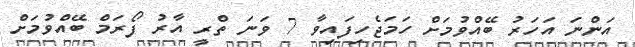
އަންނަ އަހަރު ބޭއްވުމަށް ހަމަޖެހިފައިވާ 7 ވަނަ ތްރީ އާރު ފޯރަމް ބޭއްވުމަށް